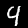
Digit: 4